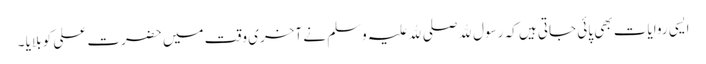
ایسی روایات بھی پائی جاتی ہیں کہ رسول ﷲ صلی ﷲ علیہ وسلم نے آخری وقت میں حضرت علی کو بلایا ۔